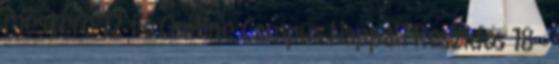
mestere 12 fő On-line Campus Nappali Részidős 18 -